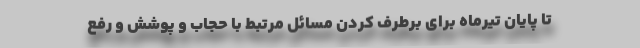
تا پایان تیرماه برای برطرف کردن مسائل مرتبط با حجاب و پوشش و رفع